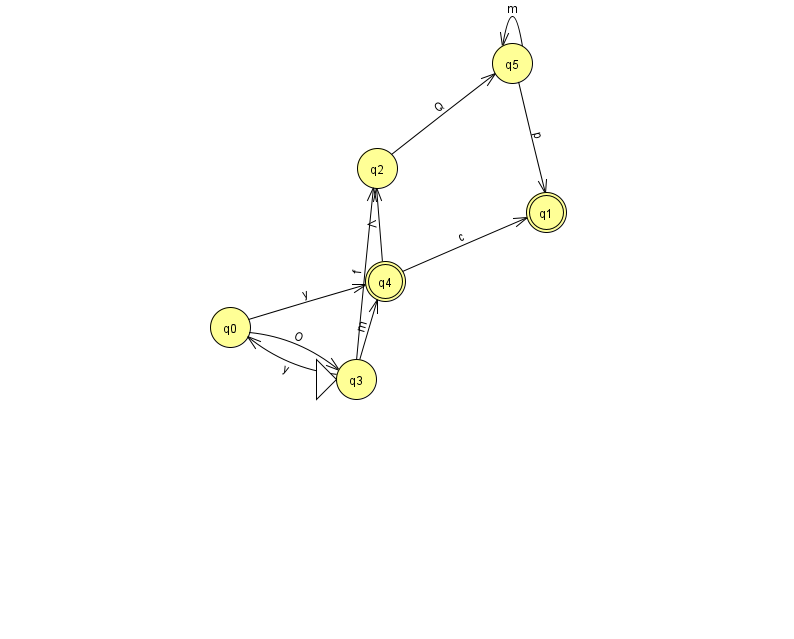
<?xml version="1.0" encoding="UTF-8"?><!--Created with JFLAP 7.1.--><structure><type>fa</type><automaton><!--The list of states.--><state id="0" name="q0"><x>230.0</x><y>314.0</y></state><state id="1" name="q1"><x>546.0</x><y>199.0</y><final/></state><state id="2" name="q2"><x>377.0</x><y>155.0</y></state><state id="3" name="q3"><x>356.0</x><y>366.0</y><initial/></state><state id="4" name="q4"><x>385.0</x><y>268.0</y><final/></state><state id="5" name="q5"><x>512.0</x><y>50.0</y></state><!--The list of transitions.--><transition><from>2</from><to>5</to><read>Q</read></transition><transition><from>3</from><to>2</to><read>f</read></transition><transition><from>4</from><to>2</to><read>V</read></transition><transition><from>0</from><to>4</to><read>y</read></transition><transition><from>4</from><to>1</to><read>c</read></transition><transition><from>3</from><to>0</to><read>y</read></transition><transition><from>0</from><to>3</to><read>O</read></transition><transition><from>5</from><to>5</to><read>m</read></transition><transition><from>3</from><to>4</to><read>m</read></transition><transition><from>5</from><to>1</to><read>p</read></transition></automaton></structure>